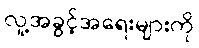
လူ့အခွင့်အရေးများကို